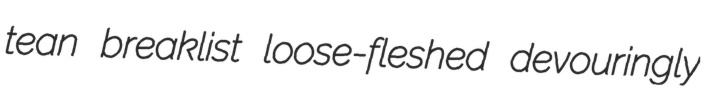
tean breaklist loose-fleshed devouringly